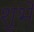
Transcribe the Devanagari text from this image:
शुभे